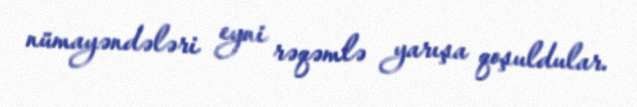
nümayəndələri eyni rəqəmlə yarışa qoşuldular.